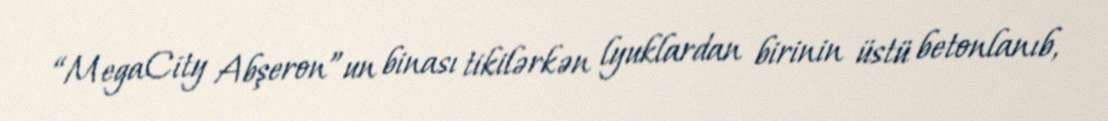
“MegaCity Abşeron”un binası tikilərkən lyuklardan birinin üstü betonlanıb,